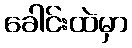
ခေါင်းထဲမှာ